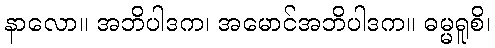
နာလော။ အဘိပါဒက၊ အမောင်အဘိပါဒက။ ဓမ္မရူစိ၊